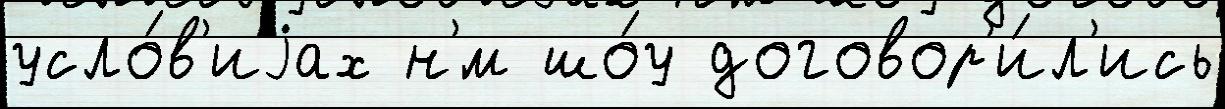
усло́в'иjах н'́м шо́у договор'и́л'ись